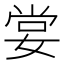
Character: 𡝣